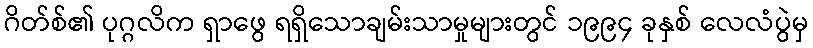
ဂိတ်စ်၏ ပုဂ္ဂလိက ရှာဖွေ ရရှိသောချမ်းသာမှုများတွင် ၁၉၉၄ ခုနှစ် လေလံပွဲမှ